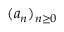
( a _ { n } ) _ { n \geq 0 }